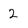
Character: 2